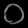
Digit: ၀